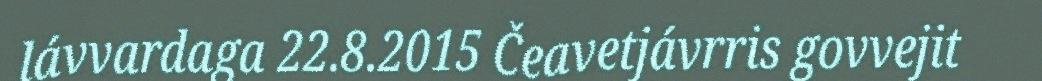
lávvardaga 22.8.2015 Čeavetjávrris govvejit